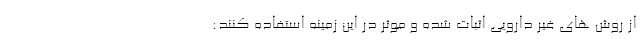
از روش های غیر دارویی اثبات شده و موثر در این زمینه استفاده کنند: